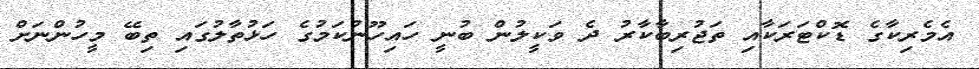
އެމެރިކާގެ ޑޮކްޓަރަކާއި ތަޖުރިބާކާރު ދެ ވަކީލުން ބުނީ ހައިހޫނުކަމުގެ ހަޅުތާލުގައި ތިބޭ މީހުންނަށް